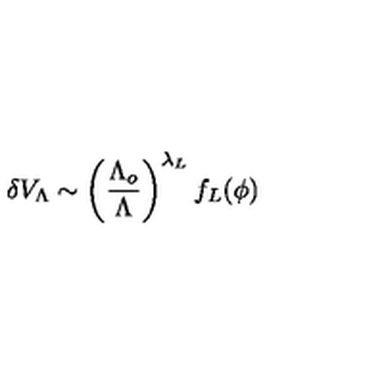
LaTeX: \delta V _ { \Lambda } \sim \left( \frac { \Lambda _ { o } } { \Lambda } \right) ^ { \lambda _ { L } } f _ { L } ( \phi )